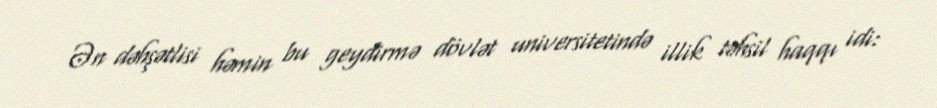
Ən dəhşətlisi həmin bu geydirmə dövlət universitetində illik təhsil haqqı idi: